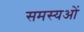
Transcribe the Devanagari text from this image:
समस्यओं